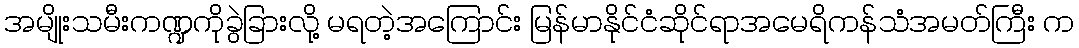
အမျိုးသမီးကဏ္ဍကိုခွဲခြားလို့ မရတဲ့အကြောင်း မြန်မာနိုင်ငံဆိုင်ရာအမေရိကန်သံအမတ်ကြီး က